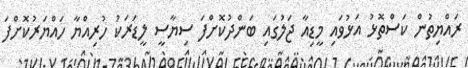
ރައްޔިތުން ކަސްތޮޅު އަޅުވައި މީޑިއާ ޖަލުގައި ބަންދުކޮށްފަ ސިޔާސީ ލީޑަރަކު ހުރިއްޔާ ހައްޔަރުކޮށްފަ